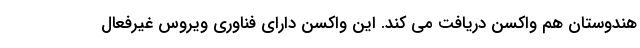
هندوستان هم واکسن دریافت می کند. این واکسن دارای فناوری ویروس غیرفعال